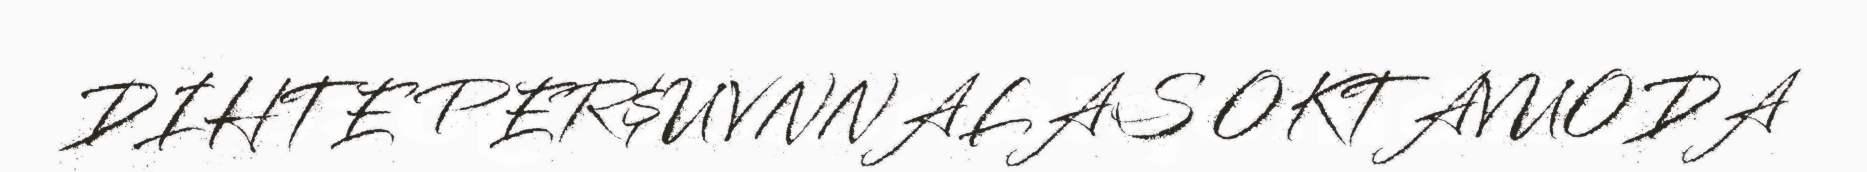
DIHTE PER$UVNNALAS OKTAVUODA